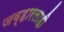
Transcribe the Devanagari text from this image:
जव्हारलाही